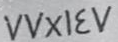
77X147